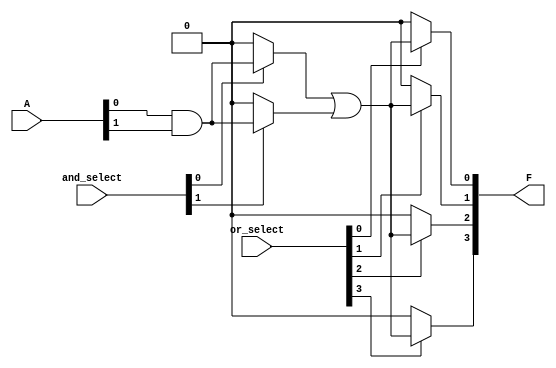
module SPAL #(
    parameter N = 8,          // Number of inputs
    parameter M = 4,          // Number of outputs
    parameter K = 16          // Number of AND gates
)(
    input  [N-1:0] A,         // Inputs
    input  [K-1:0] and_select, // Select lines for AND gates
    input  [M-1:0] or_select,  // Select lines for OR gates
    output [M-1:0] F          // Outputs
);
    // Programmable AND array outputs
    wire [K-1:0] and_out;      // Outputs from AND gates

    // Generate AND gates based on selections
    genvar i, j;
    generate
        for (i = 0; i < K; i = i + 1) begin : and_gates
            assign and_out[i] = and_select[i] ? (A[0] & A[1]) : 1'b0; // Example operation, replace with actual configuration logic
        end
    endgenerate

    // Programmable OR array outputs
    generate
        for (j = 0; j < M; j = j + 1) begin : or_gates
            assign F[j] = or_select[j] ? (and_out[0] | and_out[1]) : 1'b0; // Example operation, replace with actual configuration logic
        end
    endgenerate

endmodule